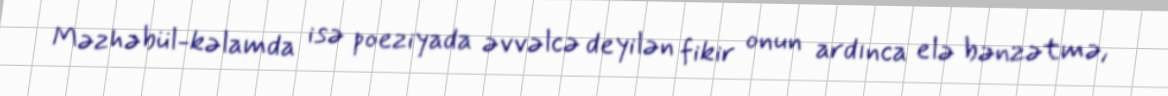
Məzhəbül-kəlamda isə poeziyada əvvəlcə deyilən fikir onun ardınca elə bənzətmə,